Vital statistics of India. Vol. V, Reports of 1876 on armies & jails and on epidemic cholera
Year: 1876
Disease focus: Cholera
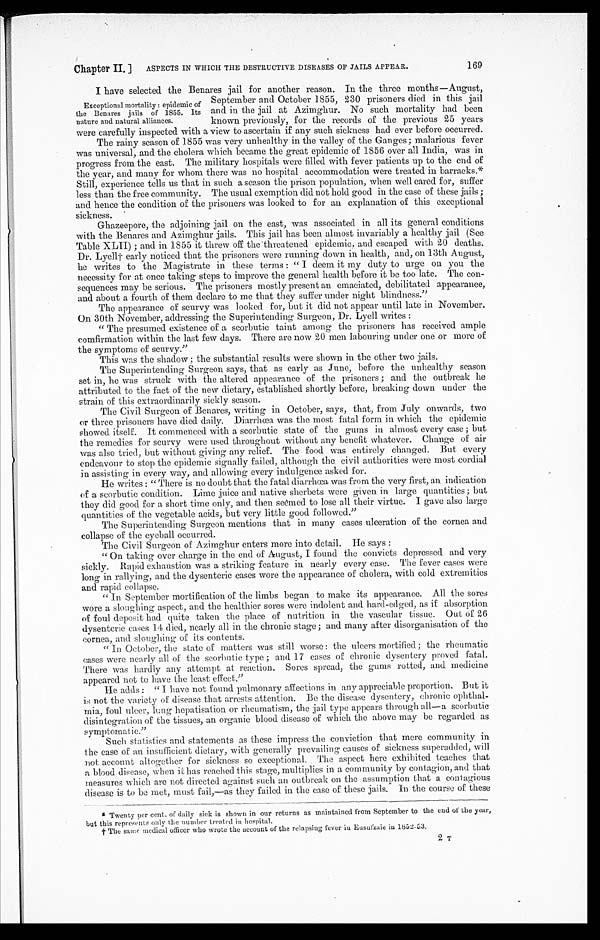
Chapter II. ] ASPECTS IN WHICH THE DESTRUCTIVE DISEASES OF JAILS APPEAR.
169
I have selected the Benares jail for another reason. In the three months—August,
September and October 1855, 230 prisoners died in this jail
and in the jail at Azimghur. No such mortality had been
known previously, for the records of the previous 25 years
were carefully inspected with a view to ascertain if any such sickness had ever before occurred.
The rainy season of 1855 was very unhealthy in the valley of the Ganges; malarious fever
was universal, and the cholera which became the great epidemic of 1856 over all India, was in
progress from the east. The military hospitals were filled with fever patients up to the end of
the year, and many for whom there was no hospital accommodation were treated in barracks.
* Still, experience tells us that in such a season the prison population, when well cared for, suffer
less than the free community. The usual exemption did not hold good in the case of these jails ;
and hence the condition of the prisoners was looked to for an explanation of this exceptional
sickness.
Ghazeepore, the adjoining jail on the east, was associated in all its general conditions
with the Benares and Azimghur jails. This jail has been almost invariably a healthy jail (See
Table XLII) ; and in 1855 it threw off the threatened epidemic, and escaped with 20 deaths.
Dr. Lyell† early noticed that the prisoners were running down in health, and, on 13th August,
he writes to the Magistrate in these terms : " I deem it my duty to urge on you the
necessity for at once taking steps to improve the general health before it be too late. The con
-sequences may be serious. The prisoners mostly present an emaciated, debilitated appearance,
and about a fourth of them declare to me that they suffer under night blindness."
The appearance of scurvy was looked for, but it did not appear until late in November.
On 30th November, addressing the Superintending Surgeon, Dr. Lyell writes :
" The presumed existence of a scorbutic taint among the prisoners has received ample
comfirmation within the last few days. There are now 20 men labouring under one or more of
the symptoms of scurvy."
This was the shadow ; the substantial results were shown in the other two jails.
The Superintending Surgeon says, that as early as June, before the unhealthy season
set in, he was struck with the altered appearance of the prisoners ; and the outbreak he
attributed to the fact of the new dietary, established shortly before, breaking down under the
strain of this extraordinarily sickly season.
The Civil Surgeon of Benares, writing in October, says, that, from July onwards, two
or three prisoners have died daily. Diarrhœa was the most fatal form in which the epidemic
showed itself. It commenced with a scorbutic state of the gums in almost every case ; but
the remedies for scurvy were used throughout without any benefit whatever. Change of air
was also tried, but without giving any relief. The food was entirely changed. But every
endeavour to stop the epidemic signally failed, although the civil authorities were most cordial
in assisting in every way, and allowing every indulgence asked for.
He writes : "There is no doubt that the fatal diarrhœa was from the very first, an indication
of a scorbutic condition. Lime juice and native sherbets were given in large quantities ; but
they did good for a short time only, and then seemed to lose all their virtue. I gave also large
quantities of the vegetable acids, but very little good followed."
The Superintending Surgeon mentions that in many cases ulceration of the cornea and
collapse of the eyeball occurred.
The Civil Surgeon of Azimghur enters more into detail. He says :
" On taking over charge in the end of August, I found the convicts depressed and very
sickly. Rapid exhaustion was a striking feature in nearly every case. The fever cases were
long in rallying, and the dysenteric cases wore the appearance of cholera, with cold extremities
and rapid collapse.
" In September mortification of the limbs began to make its appearance. All the sores
wore a sloughing aspect, and the healthier sores were indolent and hard-edged, as if absorption
of foul deposit had quite taken the place of nutrition in the vascular tissue. Out of 26
dysenteric cases 14 died, nearly all in the chronic stage; and many after disorganisation of the
cornea, and sloughing of its contents.
" In October, the state of matters was still worse : the ulcers mortified; the rheumatic
eases were nearly all of the scorbutic type ; and 17 cases of chronic dysentery proved fatal.
There was hardly any attempt at reaction. Sores spread, the gums rotted, and medicine
appeared not to have the least effect."
He adds : " I have not found pulmonary affections in any appreciable proportion. But it
is not the variety of disease that arrests attention. Be the disease dysentery, chronic ophthal
-mia, foul ulcer, lung hepatisation or rheumatism, the jail type appears through all—a scorbutic
disintegration of the tissues, an organic blood disease of which the above may be regarded as
symptornatic."
Such statistics and statements as these impress the conviction that mere community in
he ease of an insufficient dietary, with generally prevailing causes of sickness superadded, will
not account altogether for sickness so exceptional. The aspect here exhibited teaches that
a blood disease, when it has reached this stage, multiplies in a community by contagion, and that
measures which are not directed against such an outbreak on the assumption that a contagious
disease is to be met, must fail,—as they failed in the case of these jails. In the course of these
* Twenty per cent. of daily sick is shown in our returns as maintained from September to the end of the year,
but this represents only the number treated in hospital.
†The same medical officer who wrote the account of the relapsing fever in Eusufzaie iu 1852.53.
Exceptional mortality : epidemic of
the Benares jails of 1855. Its
nature and natural alliances.
2 T